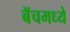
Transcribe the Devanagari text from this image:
बॅचमध्ये